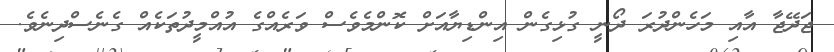
ޖަދޭޖާ އާއި މަހެންދުރަ ދޯނީ ގުޅިގެން އިންޑިޔާއަށް ކޮންމެވެސް ވަރެއްގެ އުއްމީދުތަކެއް ގެނެސްދިނެވެ.